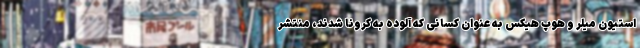
استیون میلر و هوپ هیکس به عنوان کسانی که آلوده به کرونا شدند، منتشر